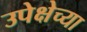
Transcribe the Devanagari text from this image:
उपेक्षेच्या